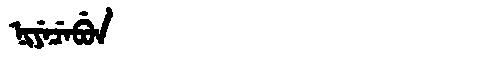
Manchu: ᠨᡳᠶᡝᠴᡝᠪᡠᠨ
Romanization: NIYECEBUN